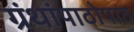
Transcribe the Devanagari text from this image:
ग्रंथांपाठोपाठ